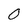
Character: O